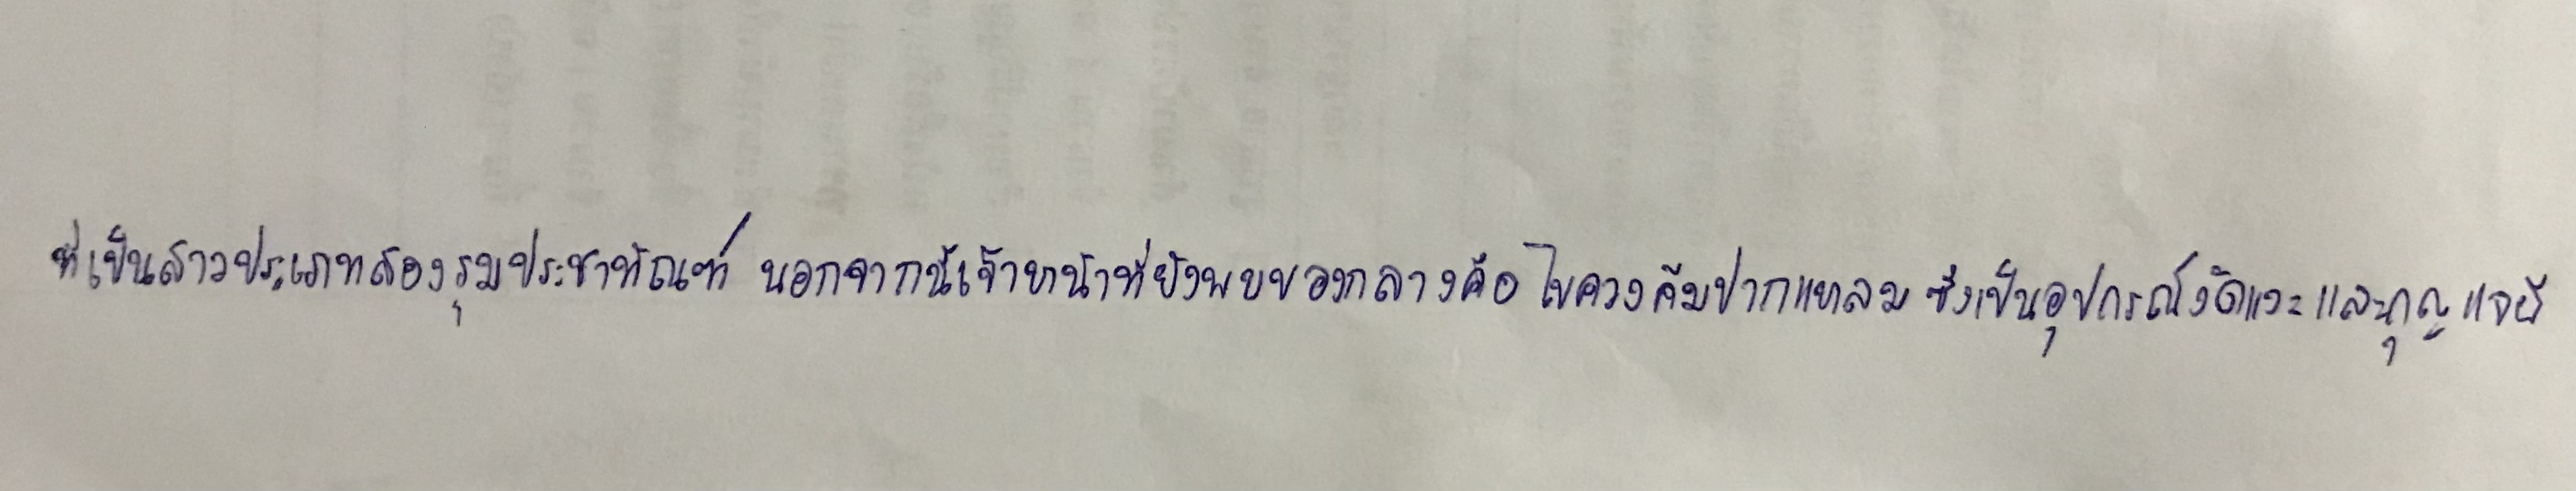
ที่เป็นสาวประเภทสองรุมประชาทัณฑ์นอกจากนี้เจ้าหน้าที่ยังพบของกลางคือไขควงคีมปากแหลมซึ่งเป็นอุปกรณ์งัดแงะและกุญแจผี